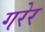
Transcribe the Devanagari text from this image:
गरेर